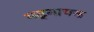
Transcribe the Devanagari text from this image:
भट्नायक